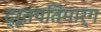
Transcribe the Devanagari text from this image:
द्रूतगतिमार्ग